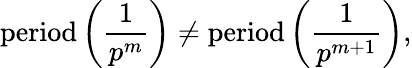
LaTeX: {\mathrm{period}}\left({\frac{1}{p^{m}}}\right)\neq{\mathrm{period}}\left({\frac{1}{p^{m+1}}}\right),